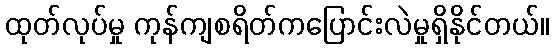
ထုတ်လုပ်မှု ကုန်ကျစရိတ်ကပြောင်းလဲမှုရှိနိုင်တယ်။